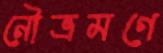
নৌভ্রমণে